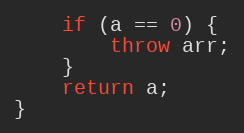
Language: C++
    if (a == 0) {
        throw arr;
    }
    return a;
}